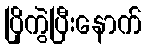
ပြိုကွဲပြီးနောက်